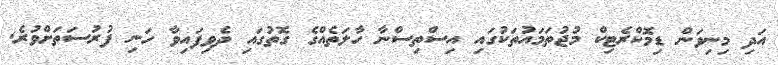
އަދި މިނިވަން ޑިމޮކްރެޓިކް މުޖުތަމައުތަކުގައި އިސްތިސްނާ ހާލަތެއްގެ ގޮތުގައި ދެވިފައިވާ ހަނި ފުރުސަތަށްވުރެ